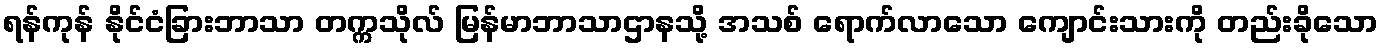
ရန်ကုန် နိုင်ငံခြားဘာသာ တက္ကသိုလ် မြန်မာဘာသာဌာနသို့ အသစ် ရောက်လာသော ကျောင်းသားကို တည်းခိုသော